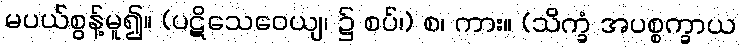
မပယ်စွန့်မူ၍။ (ပဋိသေဝေယျ၊ ၌ စပ်၊) စ၊ ကား။ (သိက္ခံ အပစ္စက္ခာယ